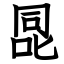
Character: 㖯